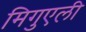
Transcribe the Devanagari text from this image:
मिगुएली